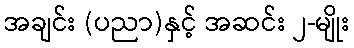
အချင်း (ပညာ)နှင့် အဆင်း ၂-မျိုး